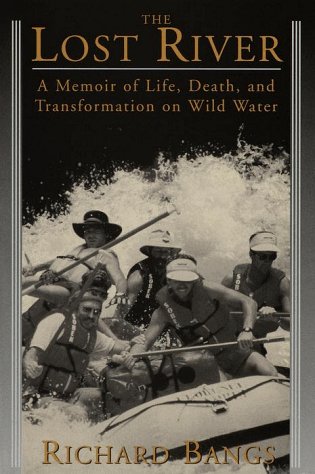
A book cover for The Lost River; Richard Bangs; Sports & Outdoors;